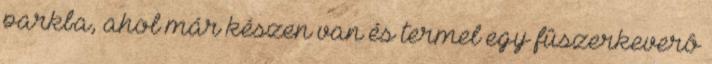
parkba, ahol már készen van és termel egy fûszerkeverô